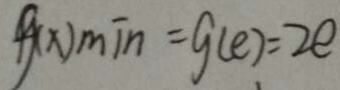
g ( x ) \min = g ( e ) = 2 e